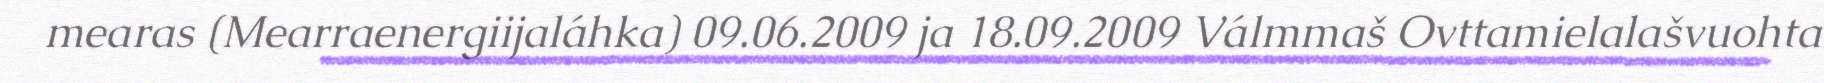
mearas (Mearraenergiijaláhka) 09.06.2009 ja 18.09.2009 Válmmaš Ovttamielalašvuohta